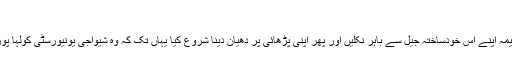
”
ان سے حوصلہ پاکر نسیمہ اپنے اس خودساختہ جیل سے باہر نکلیں اور پھر اپنی پڑھائی پر دھیان دینا شروع کیا یہاں تک کہ وہ شیواجی یونیورسٹی کولہا پور سے گریجوٹ ہوگئیں۔